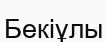
Бекіұлы